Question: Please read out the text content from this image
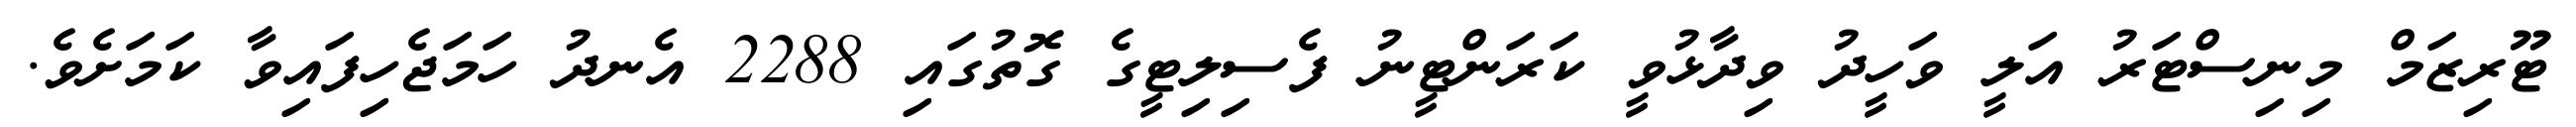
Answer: ޓޫރިޒަމް މިނިސްޓަރު އަލީ ވަހީދު ވިދާޅުވީ ކަރަންޓީނު ފެސިލިޓީގެ ގޮތުގައި 2288 އެނދު ހަމަޖެހިފައިވާ ކަމަށެވެ.